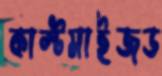
কাস্টমাইজড